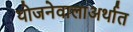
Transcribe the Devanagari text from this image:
योजनेवालाअर्थात